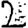
Digit: 2